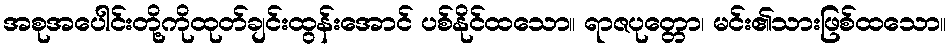
အစုအပေါင်းတို့ကိုထုတ်ချင်းထွန်းအောင် ပစ်နိုင်ထသော။ ရာဇပုတ္တော၊ မင်း၏သားဖြစ်ထသော။